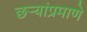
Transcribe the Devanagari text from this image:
छर्‍यांप्रमाणे